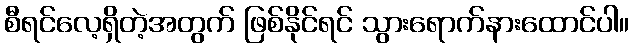
စီရင်လေ့ရှိတဲ့အတွက် ဖြစ်နိုင်ရင် သွားရောက်နားထောင်ပါ။